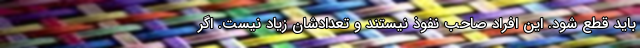
باید قطع شود. این افراد صاحب نفوذ نیستند و تعدادشان زیاد نیست. اگر